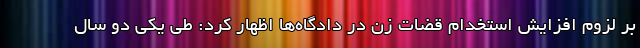
بر لزوم افزایش استخدام قضات زن در دادگاه‌ها اظهار کرد: طی یکی دو سال